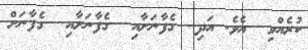
ކުރެއްވި  އެވެ. އަދި  ގެފާނަށާއި  ގެފާނަށާއި  ގެފާނަށް